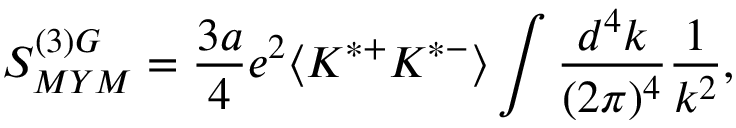
S _ { M Y M } ^ { ( 3 ) G } = { \frac { 3 a } { 4 } } e ^ { 2 } \langle K ^ { * + } K ^ { * - } \rangle \int { \frac { d ^ { 4 } k } { ( 2 \pi ) ^ { 4 } } } { \frac { 1 } { k ^ { 2 } } } ,